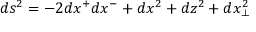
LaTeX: d s ^ { 2 } = - 2 d x ^ { + } d x ^ { - } + d x ^ { 2 } + d z ^ { 2 } + d x _ { \perp } ^ { 2 }